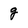
Character: g